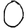
Digit: 0